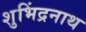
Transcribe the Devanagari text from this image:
शुभिंद्रनाथ